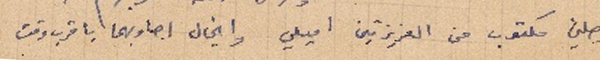
وصلني مكتوب من العزيزتين اميلي وانجال اجاوبهما باقرب وقت